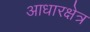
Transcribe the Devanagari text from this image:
आधारक्षेत्र